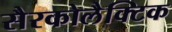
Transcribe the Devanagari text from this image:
सैरकोलैक्टिक